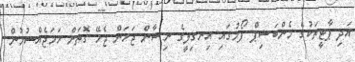
އަދި ޕާޓީތަކުގެ މެންބަޝިޕް ފޯމުގައި އިނގިލީގެ ނިޝާން ޖަހަން ޖެހޭ ގޮތަށް ހަމަޖެއްސުމުން